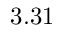
3 . 3 1